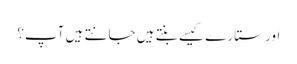
اور ستارے کیسے بنتے ہیں جانتے ہیں آپ؟